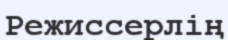
Режиссерлің